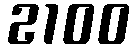
2100